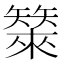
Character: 𰦣